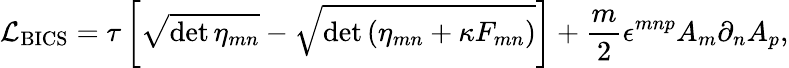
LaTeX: {\cal L}_{\mathrm{BICS}}=\tau\left[\sqrt{\operatorname*{det}\eta_{mn}}-\sqrt{\operatorname*{det}\left(\eta_{mn}+\kappa F_{mn}\right)}\right]+\frac{m}{2}\epsilon^{mnp}A_{m}\partial_{n}A_{p},